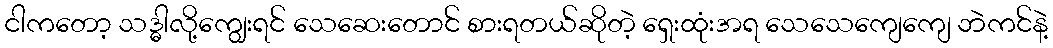
ငါကတော့ သဒ္ဓါလို့ကျွေးရင် သေဆေးတောင် စားရတယ်ဆိုတဲ့ ရှေးထုံးအရ သေသေကျေကျေ ဘဲကင်နဲ့